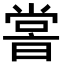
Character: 𡮢